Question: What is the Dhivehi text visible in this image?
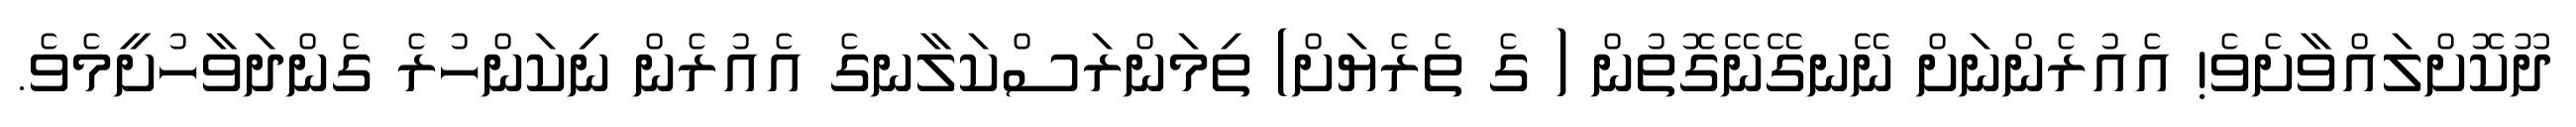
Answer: ދޫކޮށްލައްވާށެވެ! އެއުރެންނަށް ނޭނގޭނޭގޮތުން ( ގެ ތެރެޔަށް) ތިމަންރަސްކަލާނގެ އެއުރެން ނިކަންހުރެ ގެންދަވާހުށީމެވެ.